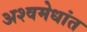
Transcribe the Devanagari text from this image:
अश्वमेधांत